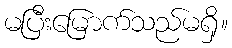
မပြီးမြောက်သည်မရှိ။